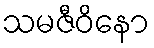
သမဇီဝိနော